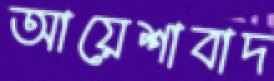
আয়েশাবাদ